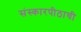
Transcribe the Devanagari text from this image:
संस्कारपीठाची